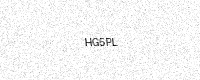
Text: HG5PL